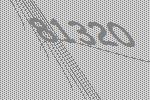
81320